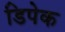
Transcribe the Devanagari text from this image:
डिपेक